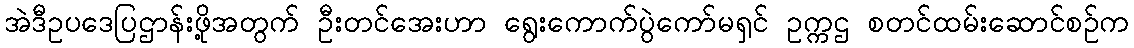
အဲဒီဥပဒေပြဌာန်းဖို့အတွက် ဦးတင်အေးဟာ ရွေးကောက်ပွဲကော်မရှင် ဥက္ကဌ စတင်ထမ်းဆောင်စဉ်က